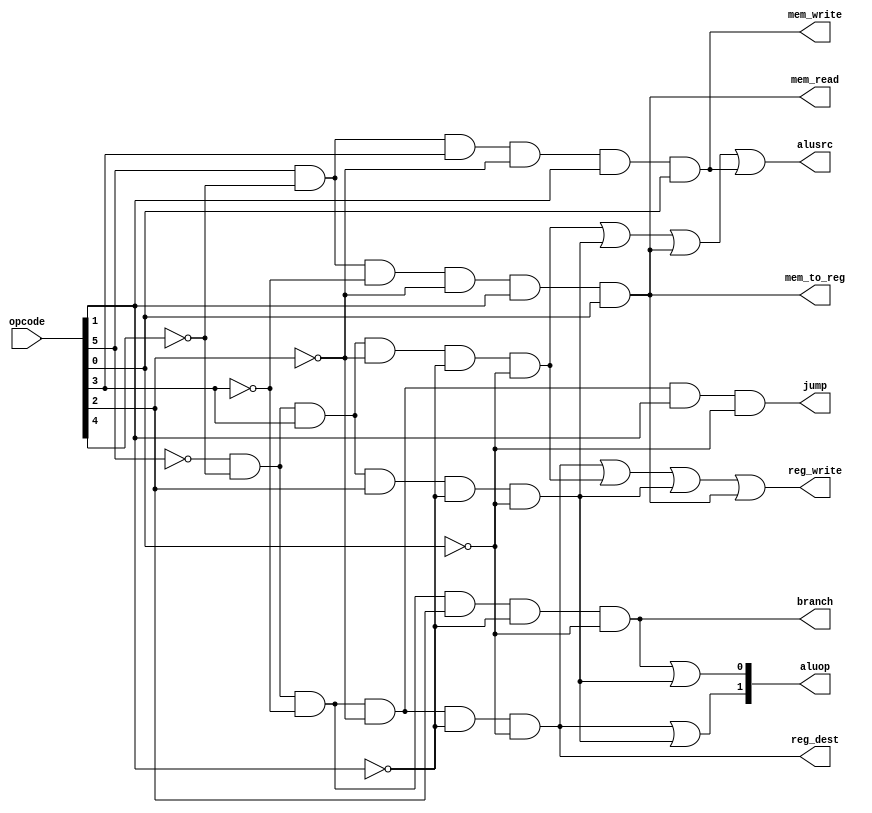
// async control signal generation unit based on mem_writecode
// input: 6 bits mem_writecode
// output: all 1 bit except alu_mem_write which is 2-bits wide
module control (opcode, reg_dest, jump, branch, mem_read, mem_to_reg, aluop, mem_write, alusrc, reg_write);
	input [5:0] opcode;
	output reg_dest, jump, branch, mem_read, mem_to_reg, mem_write, alusrc, reg_write;
	output [1:0] aluop;

	assign reg_dest=(~opcode[5])&(~opcode[4])&(~opcode[3])&(~opcode[2])&(~opcode[1])&(~opcode[0]);//000000
	assign jump=(~opcode[5])&(~opcode[4])&(~opcode[3])&(~opcode[2])&(opcode[1])&(~opcode[0]);//000010
	assign branch=(~opcode[5])&(~opcode[4])&(~opcode[3])&(opcode[2])&(~opcode[1])&(~opcode[0]);//000100
	assign mem_read=(opcode[5])&(~opcode[4])&(~opcode[3])&(~opcode[2])&(opcode[1])&(opcode[0]);//100011
	assign mem_to_reg=(opcode[5])&(~opcode[4])&(~opcode[3])&(~opcode[2])&(opcode[1])&(opcode[0]);//100011
	assign mem_write=(opcode[5])&(~opcode[4])&(opcode[3])&(~opcode[2])&(opcode[1])&(opcode[0]);//101011
	assign alusrc=((~opcode[5])&(~opcode[4])&(opcode[3])&(~opcode[2])&(~opcode[1])&(~opcode[0])) | ((~opcode[5])&(~opcode[4])&(opcode[3])&(opcode[2])&(~opcode[1])&(~opcode[0])) | ((opcode[5])&(~opcode[4])&(~opcode[3])&(~opcode[2])&(opcode[1])&(opcode[0])) | (((opcode[5])&(~opcode[4])&(opcode[3])&(~opcode[2])&(opcode[1])&(opcode[0]))); //001000,001100,100011,101011
	assign reg_write=(~opcode[5])&(~opcode[4])&(~opcode[3])&(~opcode[2])&(~opcode[1])&(~opcode[0]) | ((~opcode[5])&(~opcode[4])&(opcode[3])&(~opcode[2])&(~opcode[1])&(~opcode[0])) | ((~opcode[5])&(~opcode[4])&(opcode[3])&(opcode[2])&(~opcode[1])&(~opcode[0])) | ((opcode[5])&(~opcode[4])&(~opcode[3])&(~opcode[2])&(opcode[1])&(opcode[0]));//000000,001000,001100,100011
	assign aluop[1]=((~opcode[5])&(~opcode[4])&(~opcode[3])&(~opcode[2])&(~opcode[1])&(~opcode[0]))|((~opcode[5])&(~opcode[4])&(opcode[3])&(opcode[2])&(~opcode[1])&(~opcode[0]));//000000, 001100(andi)
	assign aluop[0]= ((~opcode[5])&(~opcode[4])&(~opcode[3])&(opcode[2])&(~opcode[1])&(~opcode[0]))|((~opcode[5])&(~opcode[4])&(opcode[3])&(opcode[2])&(~opcode[1])&(~opcode[0]));//000100,001100(andi)
endmodule